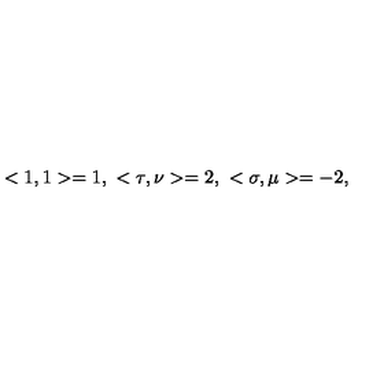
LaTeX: < 1 , 1 > = 1 , \ < \tau , \nu > = 2 , \ < \sigma , \mu > = - 2 ,